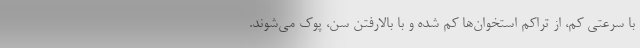
با سرعتی کم، از تراکم استخوان‌ها کم شده و با بالارفتن سن، پوک می‌شوند.